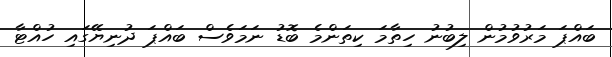
ބައްޕަ މަރުވުމުން ލިބުނު ހިތާމަ ކިތަންމެ ބޮޑު ނަމަވެސް ބައްޕަ ދުނިޔޭގައި ހުއްޓާ